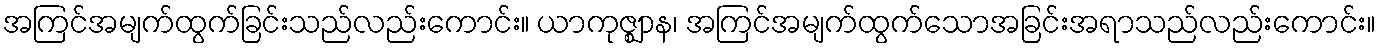
အကြင်အမျက်ထွက်ခြင်းသည်လည်းကောင်း။ ယာကုဇ္ဈာန၊ အကြင်အမျက်ထွက်သောအခြင်းအရာသည်လည်းကောင်း။